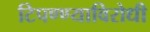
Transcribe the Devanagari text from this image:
टिपण्ण्याविरोधी